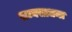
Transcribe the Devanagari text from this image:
राज्यसाधना